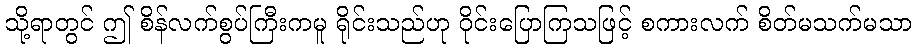
သို့ရာတွင် ဤ စိန်လက်စွပ်ကြီးကမူ ရိုင်းသည်ဟု ဝိုင်းပြောကြသဖြင့် စကားလက် စိတ်မသက်မသာ